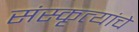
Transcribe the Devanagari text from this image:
संस्कृत्यांचे